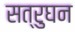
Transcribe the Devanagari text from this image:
सत्रुघन